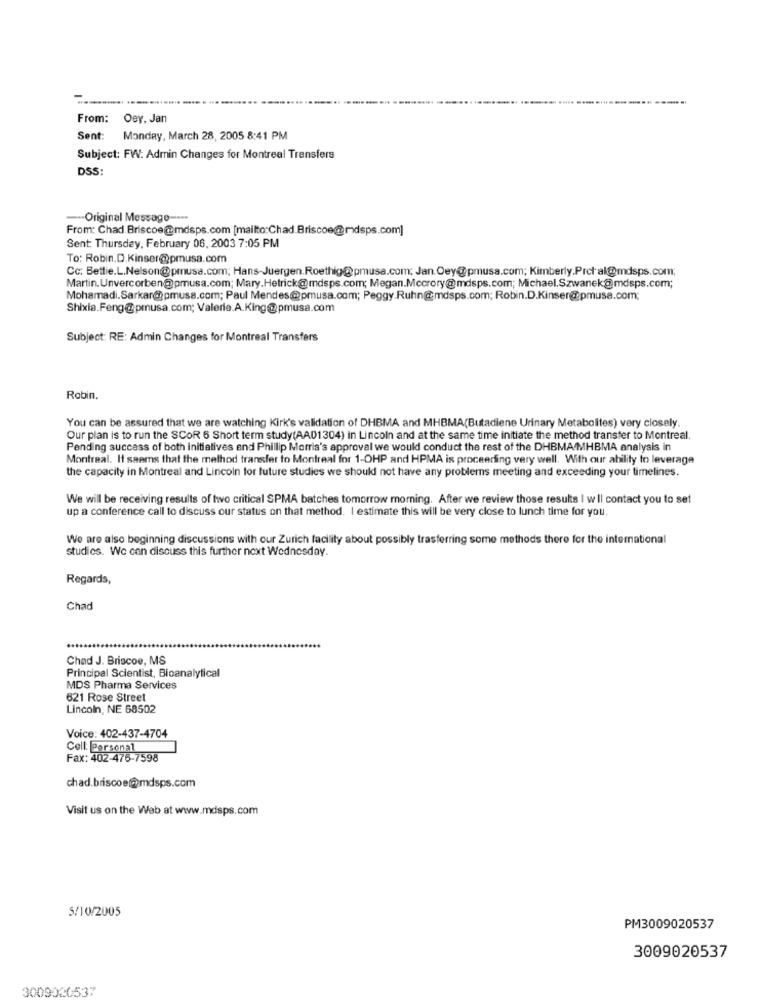
From:
Oey, Jan
Sent:
Monday, March 28, 2005 8:41 PM
Subject: FW: Admin Changes for Montreal Transfers
DSS:
--- Original Message ----
From: Chad Briscoe@mdsps.com [mailto:Chad.Briscoe@mdsps.com]
Sent: Thursday, February 06, 2003 7:05 PM
To: Robin.D.Kinser@pmusa.com
Cc: Bettie.L.Nelson@pmusa.com; Hans-Juergen.Roethig@pmusa.com: Jan.Oey@pmusa.com; Kimberly.Protal@mdsps.com;
Martin. Unvercorben@pmusa.com; Mary.Hetrick@mdsps.com; Megan.Mecrory@mdsps.com; Michael,Szwanek@mdsps.com;
Mohamadi.Sarkar@pmusa.com; Paul Mendes@pmusa.com; Peggy.Ruhn@mdsps.com; Robin.D.Kinser@pmusa.com;
Shixia.Feng@prusa.com; Valerie.A.King@pmusa.com
Subject: RE: Admin Changes for Montreal Transfers
Robin.
You can be assured that we are watching Kirk's validation of DHBMA and MHBMA(Butadiene Urinary Metabolites) very closely.
Our plan is to run the SCOR 6 Short term study(AA01304) in Lincoln and at the same time initiate the method transter to Montreal.
Pending success of both initiatives and Phillip Morris's approval we would conduct the rest of the DHBMA/MHBMA analysis in
Montreal. It seems that the method transfer to Montreal for 1-OHP and HPMA is proceeding very well. With our ability to leverage
the capacity in Montreal and Lincoln for future studies we should not have any problems meeting and exceeding your timelines.
We will be receiving results of tivo critical SPMA batches tomorrow morning. After we review those results | w ll contact you to set
up a conference call to discuss our status on that method. I estimate this will be very close to lunch time for you.
We are also beginning discussions with our Zurich facility about possibly trasferring some methods there for the international
studies. We can discuss this further next Wednesday.
Regards,
Chad
Chad J. Briscoe, MS
Principal Scientist, Bioanalytical
MDS Pharma Services
621 Rose Street
Lincoln, NE 68502
Voice: 402-437-4704
Cell: Personal
Fax: 402-476-7598
chad.briscoe@@mdsps.com
Visit us on the Web at www.mdsps.com
5/10/2005
PM3009020537
3009020537
3009020537